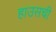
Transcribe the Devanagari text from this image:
हाउसची